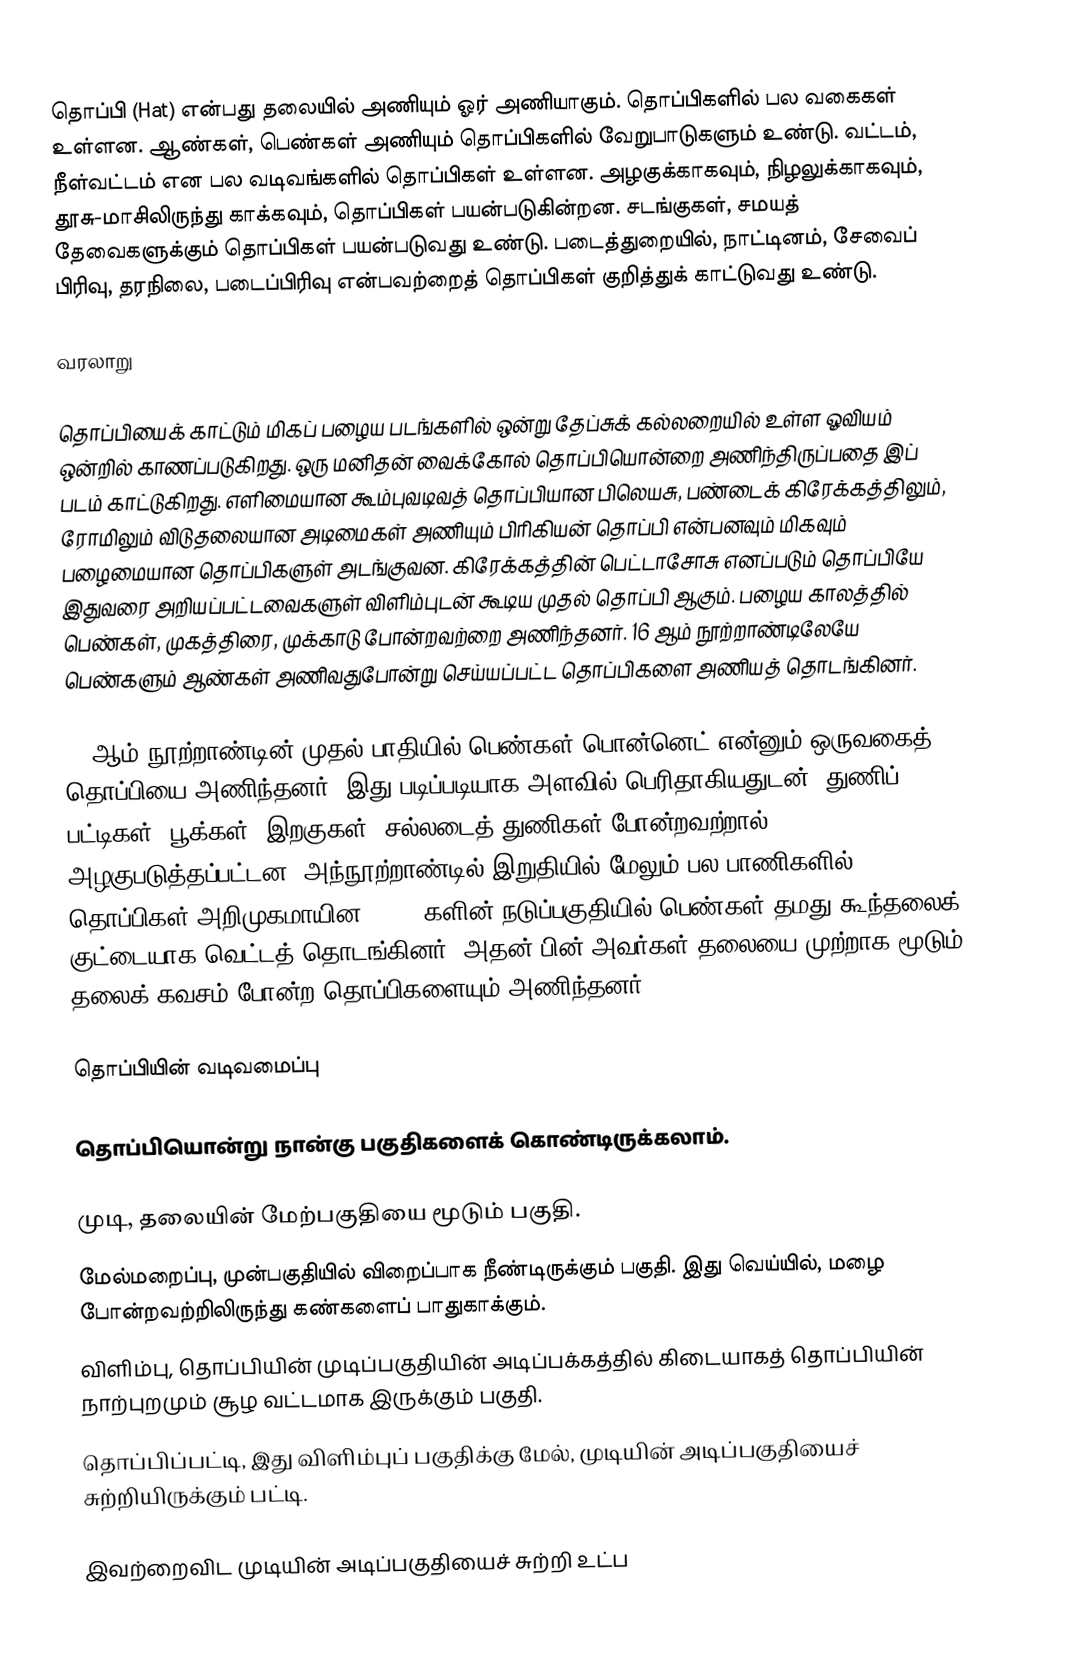
தொப்பி (Hat) என்பது தலையில் அணியும் ஓர் அணியாகும். தொப்பிகளில் பல வகைகள் உள்ளன. ஆண்கள், பெண்கள் அணியும் தொப்பிகளில் வேறுபாடுகளும் உண்டு. வட்டம், நீள்வட்டம் என பல வடிவங்களில் தொப்பிகள் உள்ளன. அழகுக்காகவும், நிழலுக்காகவும், தூசு-மாசிலிருந்து காக்கவும், தொப்பிகள் பயன்படுகின்றன. சடங்குகள், சமயத் தேவைகளுக்கும் தொப்பிகள் பயன்படுவது உண்டு. படைத்துறையில், நாட்டினம், சேவைப் பிரிவு, தரநிலை, படைப்பிரிவு என்பவற்றைத் தொப்பிகள் குறித்துக் காட்டுவது உண்டு.

வரலாறு

தொப்பியைக் காட்டும் மிகப் பழைய படங்களில் ஒன்று தேப்சுக் கல்லறையில் உள்ள ஓவியம் ஒன்றில் காணப்படுகிறது. ஒரு மனிதன் வைக்கோல் தொப்பியொன்றை அணிந்திருப்பதை இப் படம் காட்டுகிறது.  எளிமையான கூம்புவடிவத் தொப்பியான பிலெயசு, பண்டைக் கிரேக்கத்திலும்,  ரோமிலும் விடுதலையான அடிமைகள் அணியும் பிரிகியன் தொப்பி என்பனவும் மிகவும் பழைமையான தொப்பிகளுள் அடங்குவன. கிரேக்கத்தின் பெட்டாசோசு எனப்படும் தொப்பியே இதுவரை அறியப்பட்டவைகளுள் விளிம்புடன் கூடிய முதல் தொப்பி ஆகும். பழைய காலத்தில் பெண்கள், முகத்திரை, முக்காடு போன்றவற்றை அணிந்தனர். 16 ஆம் நூற்றாண்டிலேயே பெண்களும் ஆண்கள் அணிவதுபோன்று செய்யப்பட்ட தொப்பிகளை அணியத் தொடங்கினர்.

19 ஆம் நூற்றாண்டின் முதல் பாதியில் பெண்கள் பொன்னெட் என்னும் ஒருவகைத் தொப்பியை அணிந்தனர். இது படிப்படியாக அளவில் பெரிதாகியதுடன், துணிப் பட்டிகள், பூக்கள், இறகுகள், சல்லடைத் துணிகள் போன்றவற்றால் அழகுபடுத்தப்பட்டன. அந்நூற்றாண்டில் இறுதியில் மேலும் பல பாணிகளில் தொப்பிகள் அறிமுகமாயின. 1930 களின் நடுப்பகுதியில் பெண்கள் தமது கூந்தலைக் குட்டையாக வெட்டத் தொடங்கினர். அதன் பின் அவர்கள் தலையை முற்றாக மூடும் தலைக் கவசம் போன்ற தொப்பிகளையும் அணிந்தனர்.

தொப்பியின் வடிவமைப்பு

தொப்பியொன்று நான்கு பகுதிகளைக் கொண்டிருக்கலாம்.

 முடி, தலையின் மேற்பகுதியை மூடும் பகுதி.
 மேல்மறைப்பு, முன்பகுதியில் விறைப்பாக நீண்டிருக்கும் பகுதி. இது வெய்யில், மழை போன்றவற்றிலிருந்து கண்களைப் பாதுகாக்கும்.
 விளிம்பு, தொப்பியின் முடிப்பகுதியின் அடிப்பக்கத்தில் கிடையாகத் தொப்பியின் நாற்புறமும் சூழ வட்டமாக இருக்கும் பகுதி.
 தொப்பிப்பட்டி, இது விளிம்புப் பகுதிக்கு மேல், முடியின் அடிப்பகுதியைச் சுற்றியிருக்கும் பட்டி.

இவற்றைவிட முடியின் அடிப்பகுதியைச் சுற்றி உட்ப